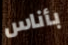
بأناس